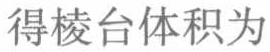
得棱台体积为